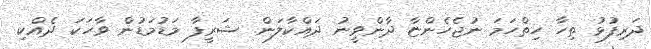
ދަރިފުޅު ތިހާ ހިތްހަަމަ ނުޖެހެންޏާ ދާންވީނު ދައްކާލަން. ޝަރީފާ މަޑުމަޑުން ވާހަކަ ދެއްކި